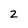
Character: 2